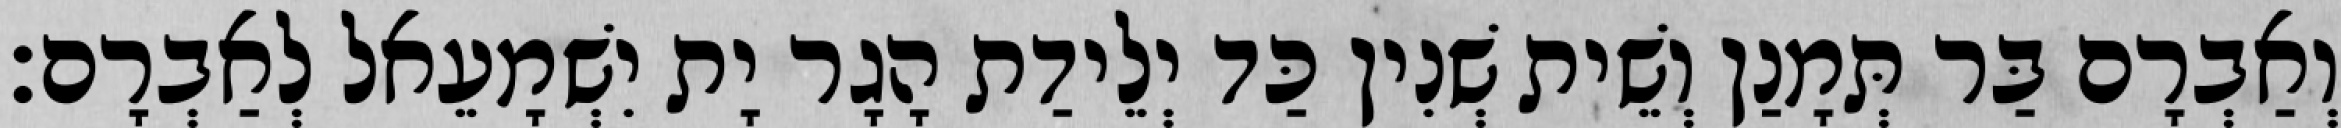
וְאַבְרָם בַּר תְּמָנַן וְשֵׁית שְׁנִין כַּד יְלֵידַת הָגָר יָת יִשְׁמָעֵאל לְאַבְרָם׃